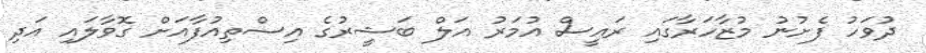
ދުވަހު ފެށުނު މުޒާހަރާގައި ރައީސް އުމަރު އަލް ބަޝީރުގެ އިސްތިއުފާއަށް ގޮވާލައި އަދި